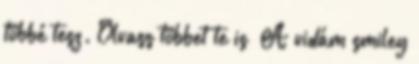
többé tesz. Olvass többet te is A vidám smiley